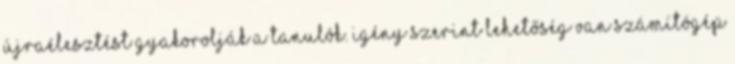
újraélesztést gyakorolják a tanulók. Igény szerint lehetőség van számítógép